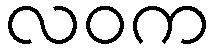
လဝက